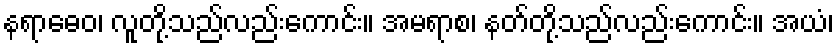
နရာဓေဝ၊ လူတို့သည်လည်းကောင်း။ အမရာစ၊ နတ်တို့သည်လည်းကောင်း။ အယံ၊